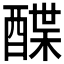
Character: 𲆲